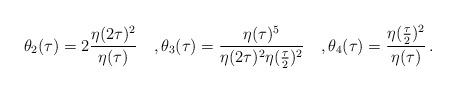
LaTeX: \begin{align*}\theta_2(\tau)=2{\eta(2\tau)^2\over{\eta(\tau)}}\quad,\theta_3(\tau)={\eta(\tau)^5\over{\eta(2\tau)^2\eta({\tau\over2})^2}}\quad,\theta_4(\tau)={\eta({\tau\over 2})^2\over{\eta(\tau)}}\,.\end{align*}